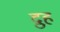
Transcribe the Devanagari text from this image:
द्रुह